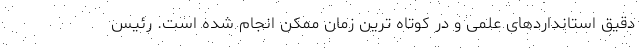
دقیق استانداردهای علمی و در کوتاه ترین زمان ممکن انجام شده است. رئیس